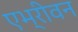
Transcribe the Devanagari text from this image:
एभ्रीवन